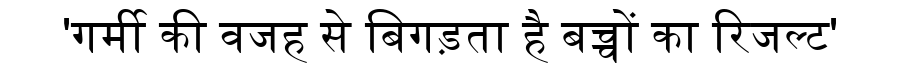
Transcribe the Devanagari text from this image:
'गर्मी की वजह से बिगड़ता है बच्चों का रिजल्ट'